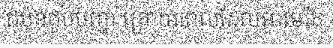
ជប៉ុនជួបបញ្ហា ក្រោយពេលដែលអាមេរិក